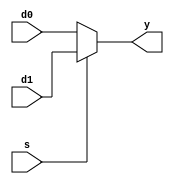
module mx2_to_ff(d0,d1,s,y);			//32bits mx
input      [31:0]   d0,d1;				//32bits input d0,d1
input               s;					//input 
output   [31:0]   y;						//32bits output


assign y=(s==1'b0) ? d0 : d1;					// if s= 0, y=d0, else y=d1

endmodule